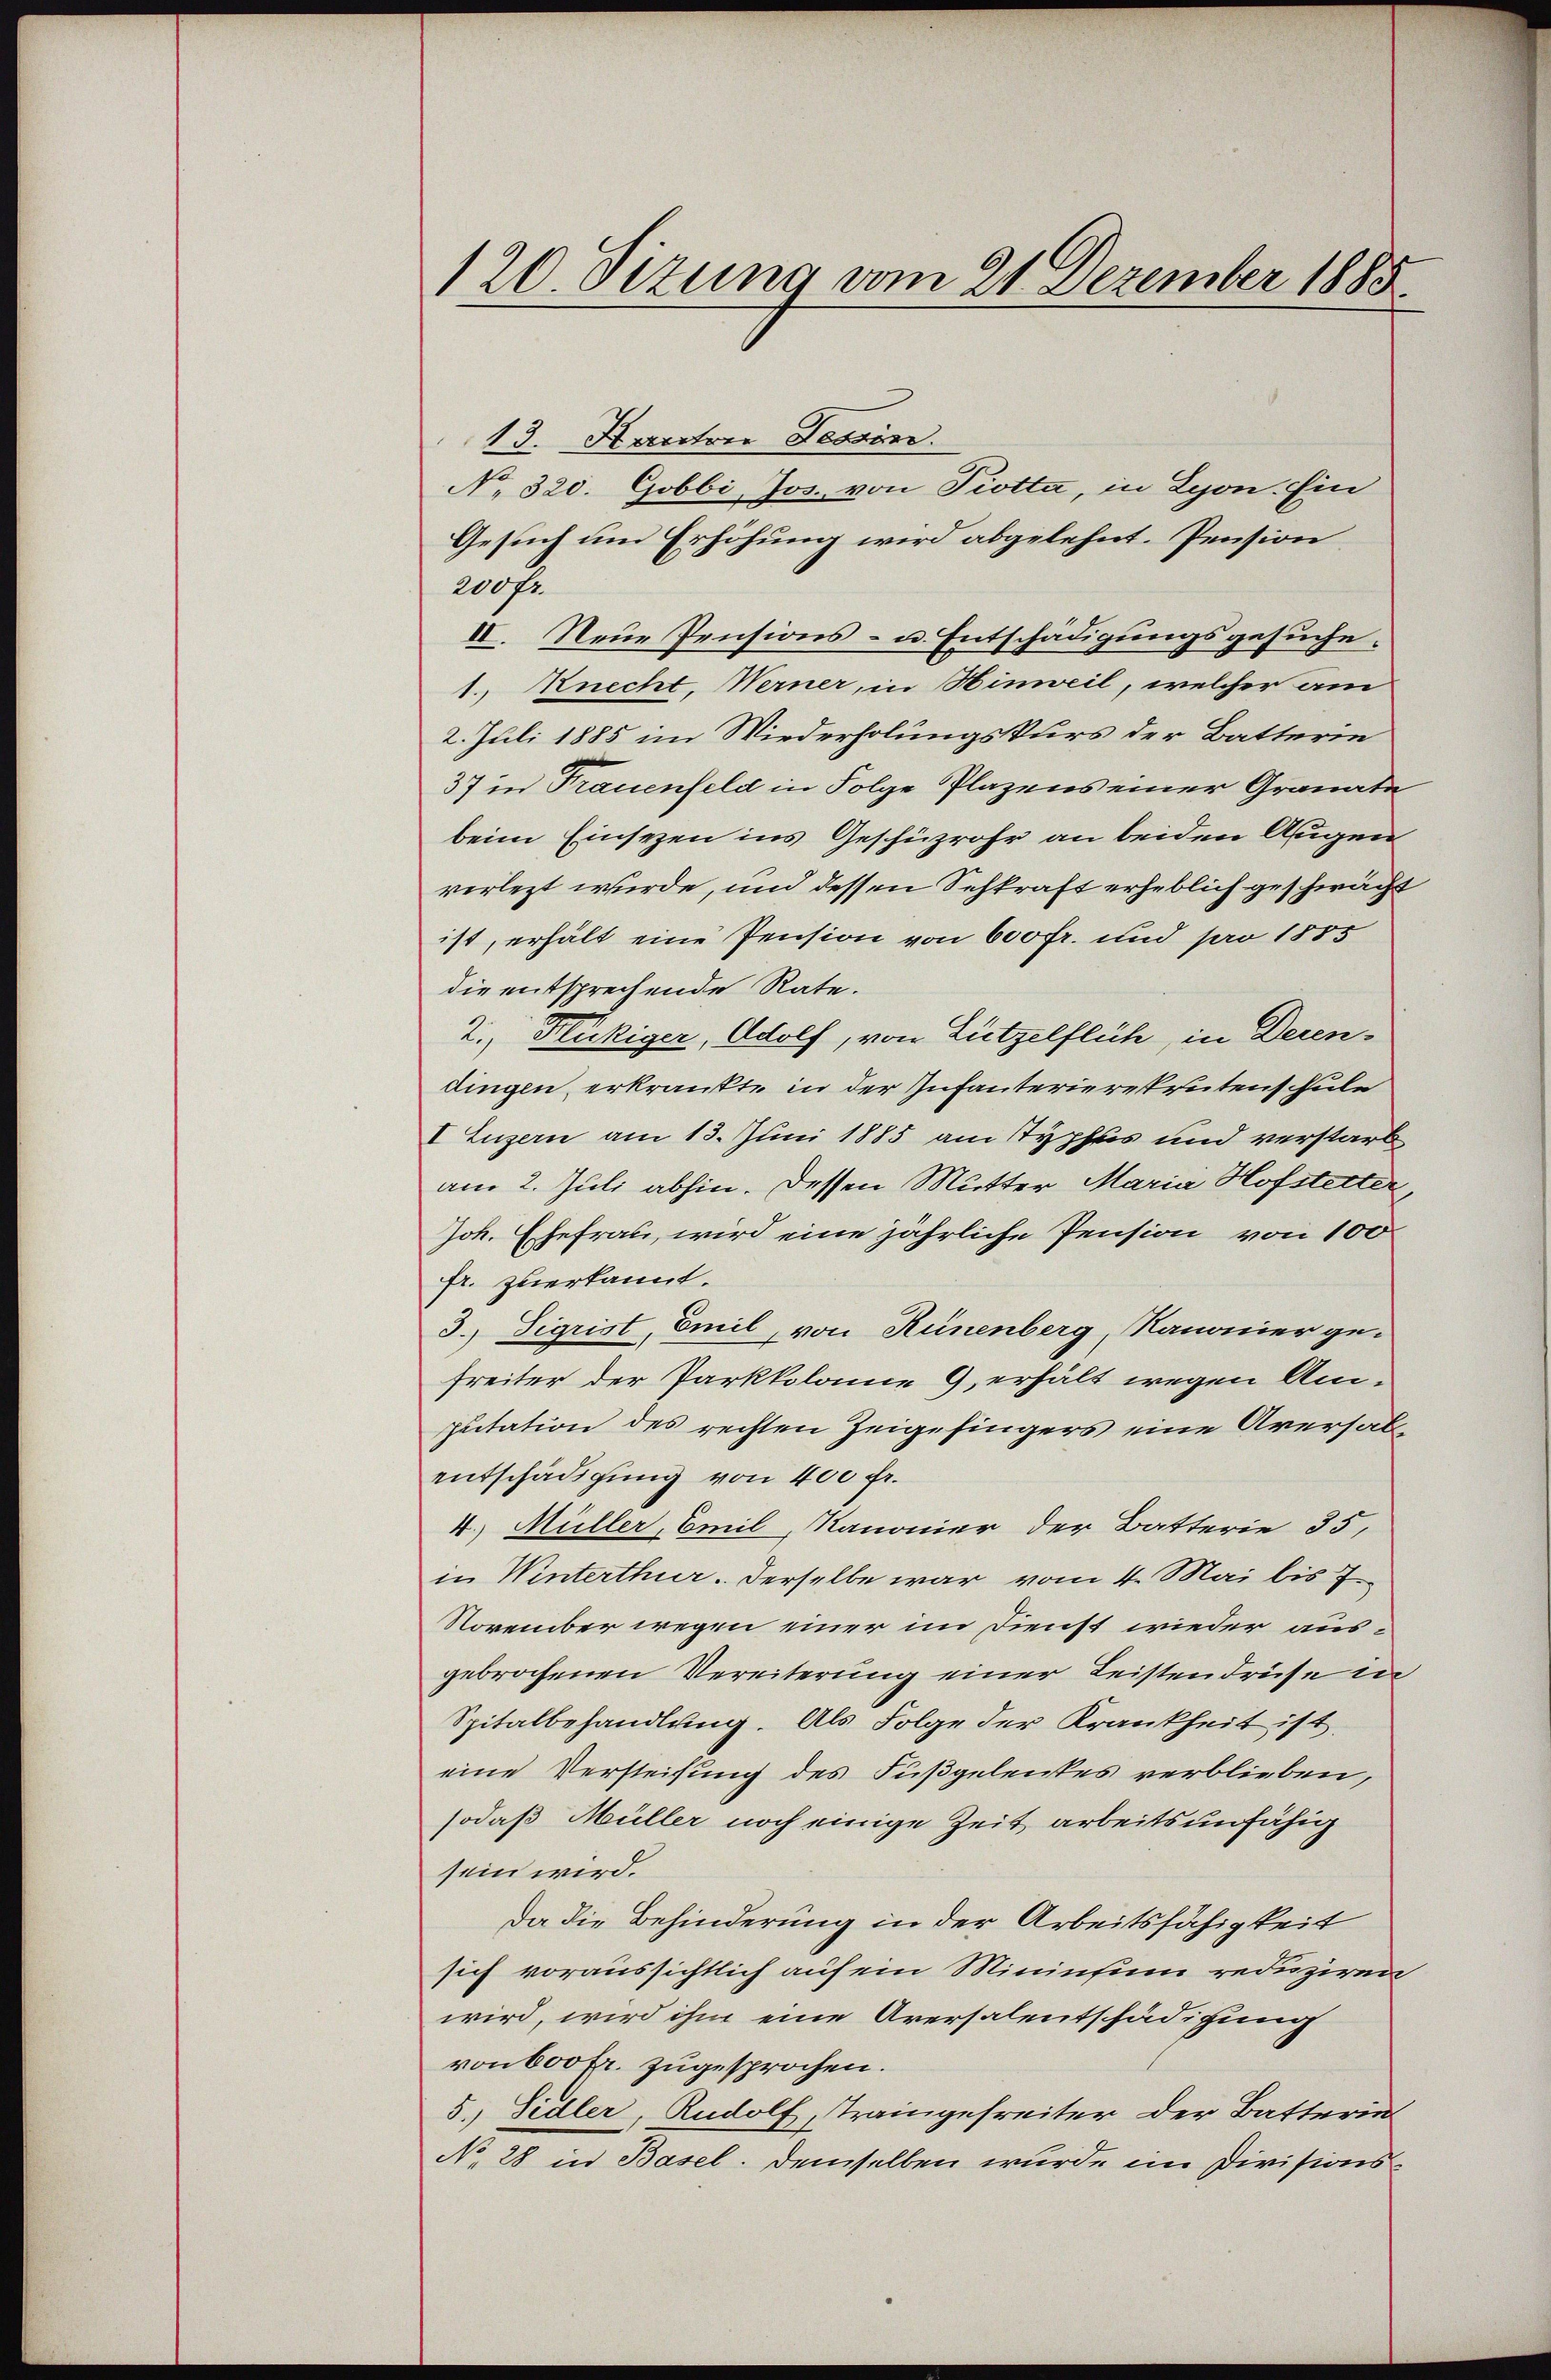
120. Sizung vom 21 Dezember 1885

13. Kanton Tessin.
No. 320. Gobbi Jos. von Piotta, in Lyon. Ein
Gesuch um Erhöhung wird abgelehnt. Pension
200 fr.
IV. Neue Pensions- u. Entschädigungsgesuche.
1., Knecht, Werner, in Hinweil, welcher am
2. Juli 1885 im Wiederholungskurs der Batterin
37 in Trauenfeld in Folge Plazens einer Granate
beim Einsezen ins Geschüzrohr an beiden Augen
verlezt wurde, und dessen Sehkraft erheblich geschwächt
ist, erhält eine Pension von 600 fr. und pro 1885
die entsprechende Rate.
2. Fleckiger, Adolf, von Lützelflüh, in Decen-
dingen erkrankte in der Infanterierekrutenschule
I Luzern am 13. Juni 1885 am Typhus und verstarb
am 2. Juli abhin. Dessen Mutter Maria Hofstetter,
Joh. Ehefrau, wird eine jährliche Pension von 100
fr. zuerkannt.
3. Sigrist, Emil von Hünenberg, Kanonier ge-
freiter der Parkkolome 9, erhält wegen An-
putation des rechten Zeigefingers eine Aversal-
entschädigung von 400 fr.
4.) Müller, Emil Kanonier der Batterie 35,
in Winterthur. Derselbe war vom 4. Mai bis 7
November wegen einer im Dienst wieder ausgebrochenen Vereiterung einer Leisten drüse in
Spitalbehandlung. Als Folge der Krankheit ist.
eine Versteifung des Fußgelentes verblieben,
sodaß Müller noch einige Zeit arbeitsunfähig
sein wird.
Da die Behinderung in der Arbeitsfähigkeit
sich voraussichtlich auf ein Mininsi reduziren
wird, wird ihm eine Arersalentschädigung
von bootr. zugesprochen.
5. Sidler, Rudolf, Traingefreiter der Batterin
No. 28 in Basel. Demselben wurde im Divisions¬